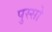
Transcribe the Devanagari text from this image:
पुस्सो